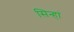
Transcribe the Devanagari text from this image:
सिन्हां